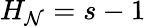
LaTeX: H_{\mathcal{N}}=s-1